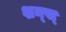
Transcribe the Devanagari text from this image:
शन्ख्